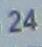
24